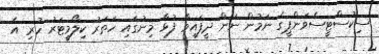
ސިކުސްޓީސެވަންޕީގެ ނަމުން ނަން ދީފައިވާ ފުޅާ މިނުގައި ހަތަރު ކިލޯމީޓަރު ހުރި އެ